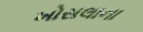
ખોસલાના